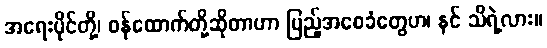
အရေးပိုင်တို့၊ ဝန်ထောက်တို့ဆိုတာဟာ ပြည့်အစေခံတွေဟ၊ နင် သိရဲ့လား။